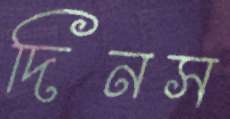
দিনস